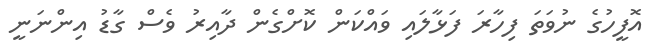
އޮފީހުގެ ނުވަތަ ފިހާރަ ފަޅާލައި ވައްކަން ކޮށްގެން ދާއިރު ވެސް ގާޑު އިންނަނީ